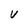
Character: V